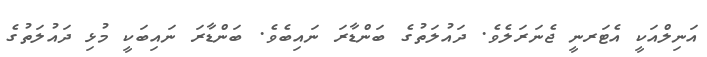
އަނިލްއަކީ އެޓަރނީ ޖެނަރަލެވެ. ދައުލަތުގެ ބަންޑާރަ ނައިބެވެ. ބަންޑާރަ ނައިބަކީ މުޅި ދައުލަތުގެ